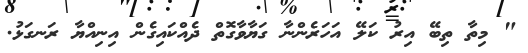
" މިތާ ތިބޭ އިރު ކަލޭ އަހަރެންނާ ގަޔާވާގޮތް ދެއްކައިގެން އިނިއްޔާ ރަނގަޅު.